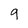
Character: 9